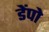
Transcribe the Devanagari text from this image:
डेंपो